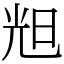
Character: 𣆥